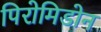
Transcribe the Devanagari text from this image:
पिरोमिडोन